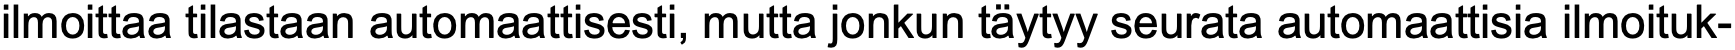
ilmoittaa tilastaan automaattisesti, mutta jonkun täytyy seurata automaattisia ilmoituk-